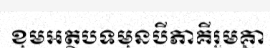
ខុមអត្ថបទមុនបីភាគីរួមគ្នា